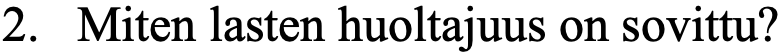
2. Miten lasten huoltajuus on sovittu?